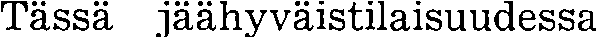
Tässä jäähyväistilaisuudessa